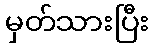
မှတ်သားပြီး